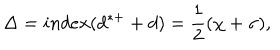
\Delta = i n d e x ( d ^ { * + } + d ) = \frac { 1 } { 2 } ( \chi + \sigma ) ,